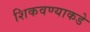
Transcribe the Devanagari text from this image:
शिकवण्याकडे